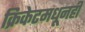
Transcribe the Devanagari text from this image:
क्रिकेटमधूनही